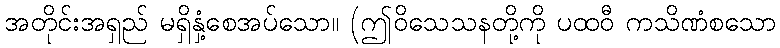
အတိုင်းအရှည် မရှိနှံ့စေအပ်သော။ (ဤဝိသေသနတို့ကို ပထဝီ ကသိဏံစသော